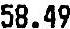
58.49